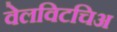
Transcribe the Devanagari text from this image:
वेलविटचिअ